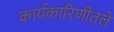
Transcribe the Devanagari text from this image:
कार्यकारिणीतले